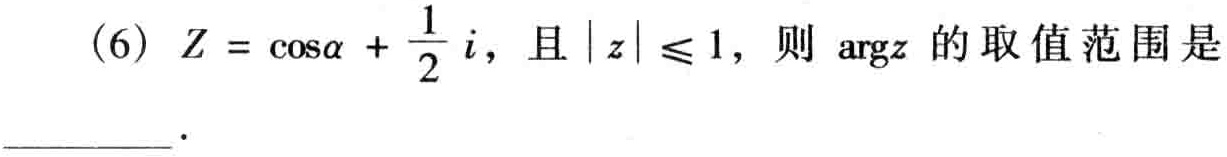
(6) \(Z = \cos\alpha+\frac{1}{2}i\)，且\(\vert z\vert\leqslant1\)，则\(\text{arg}z\)的取值范围是  ．